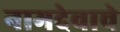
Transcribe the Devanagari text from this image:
नामदेवाचे